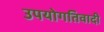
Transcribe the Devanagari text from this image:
उपयोगतिवादी